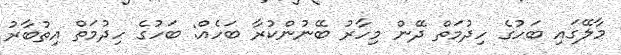
މާލޭގައި ބަހުގެ ހިދުމަތް ދޭން މިހާރު ބޭނުންކުރާ ބަހެއް: ބަހުގެ ހިދުމަތް އިތުބާރު